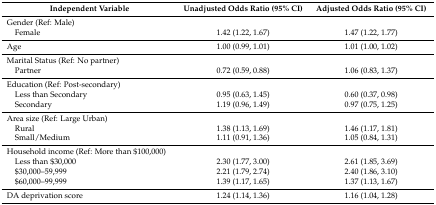
<table><thead><tr><td><b>Independent Variable</b></td><td><b>Unadjusted Odds Ratio (95% CI)</b></td><td><b>Adjusted Odds Ratio (95% CI)</b></td></tr></thead><tbody><tr><td>Gender (Ref: Male)</td><td></td><td></td></tr><tr><td> Female</td><td>1.42 (1.22, 1.67)</td><td>1.47 (1.22, 1.77)</td></tr><tr><td>Age</td><td>1.00 (0.99, 1.01)</td><td>1.01 (1.00, 1.02)</td></tr><tr><td>Marital Status (Ref: No partner)</td><td></td><td></td></tr><tr><td> Partner</td><td>0.72 (0.59, 0.88)</td><td>1.06 (0.83, 1.37)</td></tr><tr><td>Education (Ref: Post-secondary)</td><td></td><td></td></tr><tr><td> Less than Secondary</td><td>0.95 (0.63, 1.45)</td><td>0.60 (0.37, 0.98)</td></tr><tr><td> Secondary</td><td>1.19 (0.96, 1.49)</td><td>0.97 (0.75, 1.25)</td></tr><tr><td>Area size (Ref: Large Urban)</td><td></td><td></td></tr><tr><td> Rural</td><td>1.38 (1.13, 1.69)</td><td>1.46 (1.17, 1.81)</td></tr><tr><td> Small/Medium</td><td>1.11 (0.91, 1.36)</td><td>1.05 (0.84, 1.31)</td></tr><tr><td>Household income (Ref: More than $100,000)</td><td></td><td></td></tr><tr><td> Less than $30,000</td><td>2.30 (1.77, 3.00)</td><td>2.61 (1.85, 3.69)</td></tr><tr><td> $30,000–59,999</td><td>2.21 (1.79, 2.74)</td><td>2.40 (1.86, 3.10)</td></tr><tr><td> $60,000–99,999</td><td>1.39 (1.17, 1.65)</td><td>1.37 (1.13, 1.67)</td></tr><tr><td>DA deprivation score</td><td>1.24 (1.14, 1.36)</td><td>1.16 (1.04, 1.28)</td></tr></tbody></table>